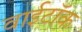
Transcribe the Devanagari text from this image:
वाईटॉक